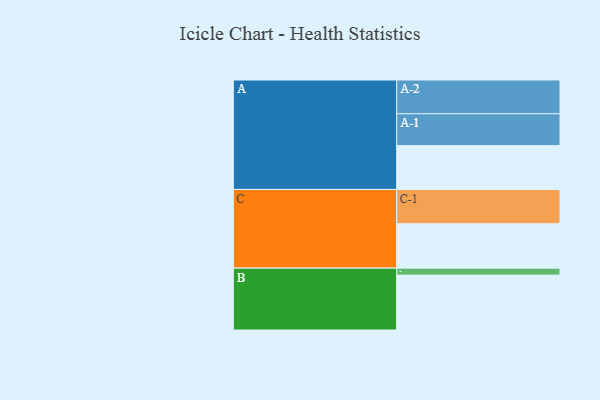
{"axis": {"x": "Segment", "y": "Value"}, "legend": ["", "A", "B", "C"], "data": [{"x": "A", "y": 378, "type": ""}, {"x": "B", "y": 473, "type": ""}, {"x": "C", "y": 383, "type": ""}, {"x": "A-1", "y": 274, "type": "A"}, {"x": "A-2", "y": 291, "type": "A"}, {"x": "B-1", "y": 60, "type": "B"}, {"x": "C-1", "y": 295, "type": "C"}]}